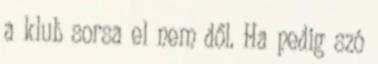
a klub sorsa el nem dől. Ha pedig szó